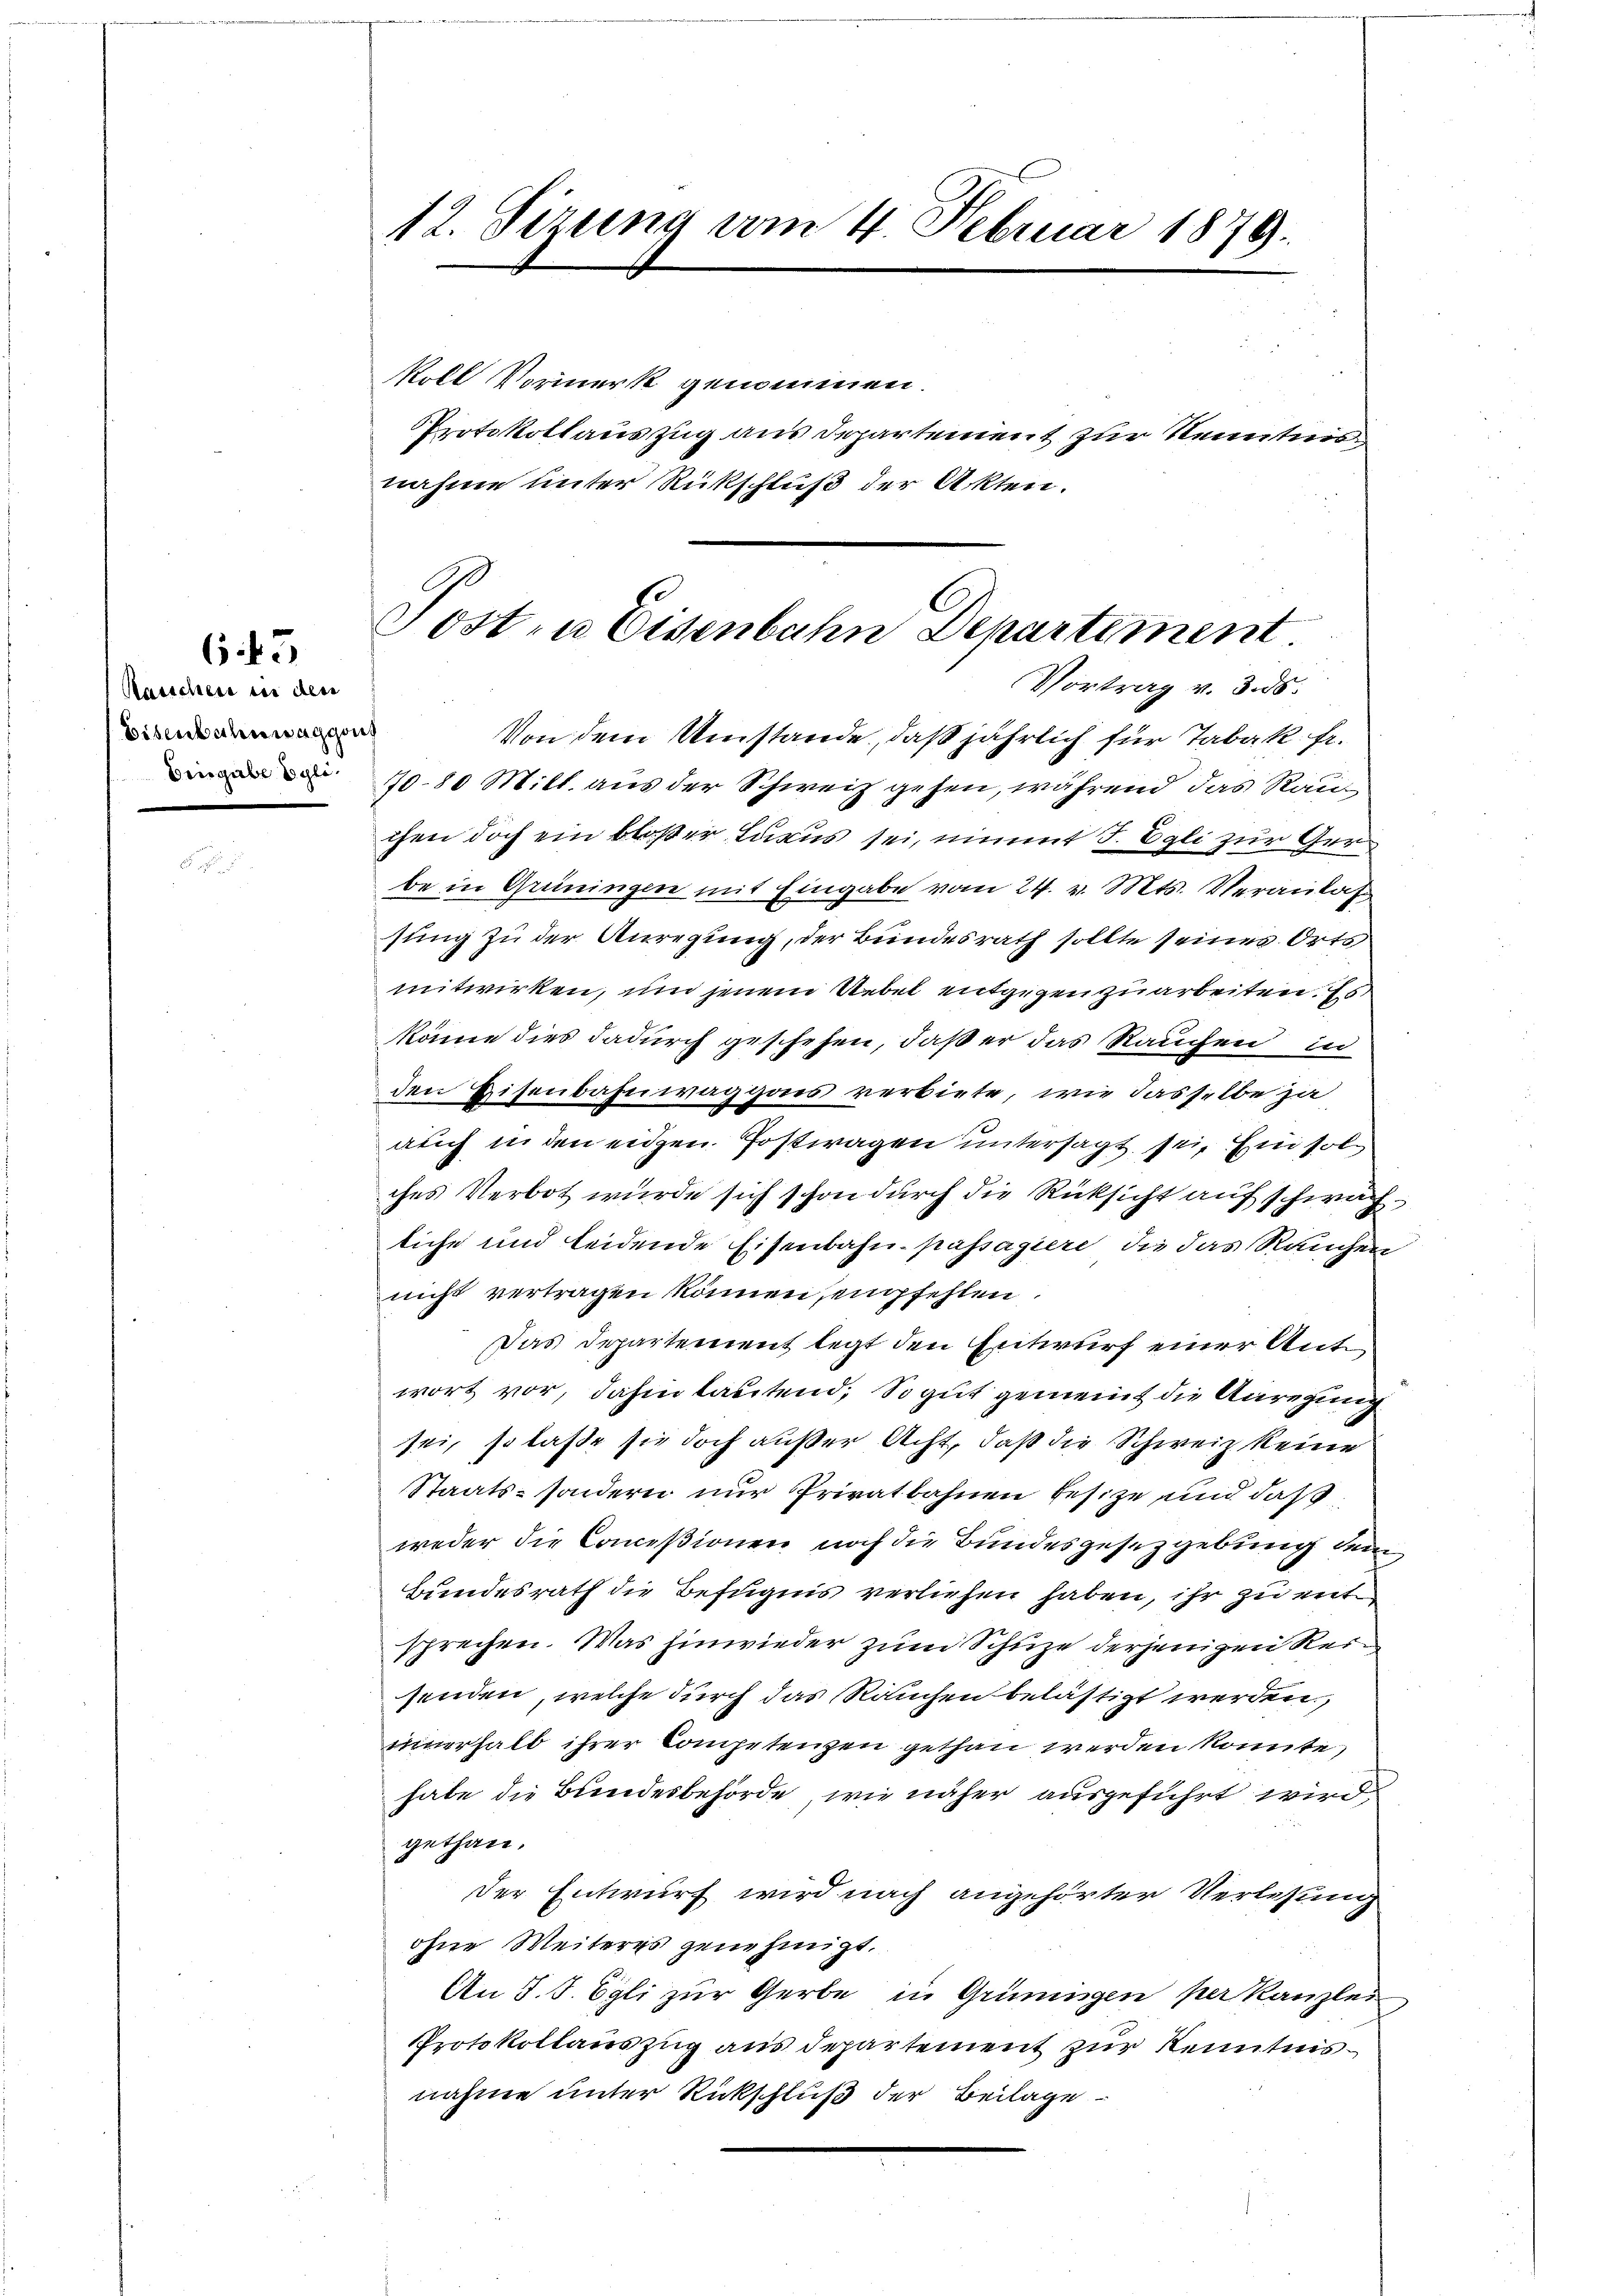
Raischeit in den
Bisenbahnwaggons
Eingabe Egli¬

645

12. Sizema vom 4. Februar 1879.

koll Vormerk genommen.
Protokollauszug aus Departement zur Kenntnis.
nahme unter Rückschluß der Akten.

Sosten Eisenbahn Departement
Vortrag v. 3. ds.

Von dem Umstände, daß jährlich für Tabak fr.
70–80 Mitt. aus der Schweiz gehen, während das Rau
chen doch ein bloßer Luxus sei, nimmt J. Egli zur Grübe in Grüningen mit Eingabe vom 24. v. Mts. Veranlaß
sung zu der Anregung, der Bundesrath sollte seines Orts
mitwirken, und jenem Uebel entgegen zuarbeiten. Es
könne dies dadurch geschehen, daß er das Rauchen in
den Eisenbahnwaggons verbiete, wie dasselbe ja
auch in den eidgen. Postwagen untersagt sei. Ein solches Verbot wurde sich schon durch die Rücksicht auf schwächliche und leidende Eisenbahn-passagiere, die das Rauchen
nicht vertragen können, empfehlen
Das Departement legt den Entwurf einer Antwort vor, dahin lautend; So gut gemeint die Anregung
sei, so laße sie doch außer Acht, daß die Schweiz keine
Staats- sondern nur Privatbahnen besize und daß
weder die Conceßionen noch die Bundesgesetzgebung dem
Bundesrath die Befugnis verliehen haben, ihr zu entsprechen. Was hinwieder zum Schuze derjenigen Kersenden, welche durch das Rauchen belästigt werden,
innerhalb ihrer Competenzen gethan werden könnte,
hate die Bundesbehörde, wie näher ausgeführt wird,
gethan.
Der Entwurf wird nach angehörter Verlesung
ohne Weiteres genehmigt.
An S. S. Egli zur Gerbe in Grüningen per Kanzlei
Protokollauszug aus departement zur Kenntnisnahme unter Rückschluß der Beilage